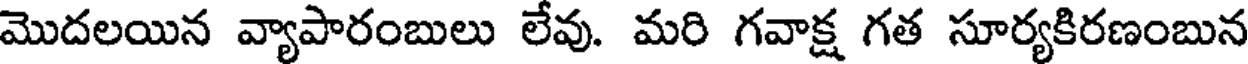
మొదలయిన వ్యాపారంబులు లేవు. మరి గవాక్ష గత సూర్యకిరణంబున